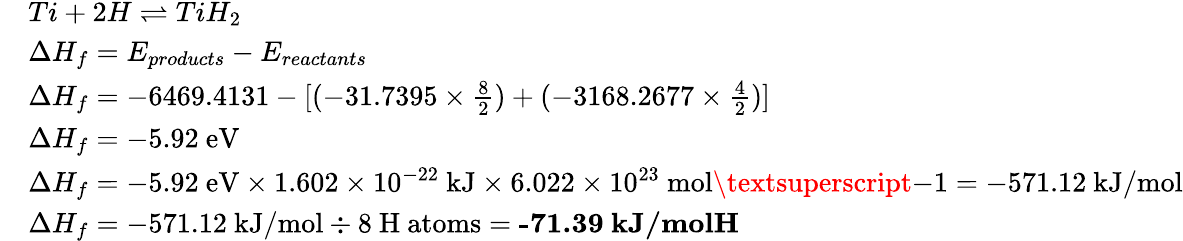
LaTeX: \begin{array}{rl}&{Ti+2H\rightleftharpoons TiH_{2}}\\ &{{\Delta}H_{f}=E_{products}-E_{reactants}}\\ &{{\Delta}H_{f}=-6469.4131-[(-31.7395\times\frac{8}{2})+(-3168.2677\times\frac{4}{2})]}\\ &{{\Delta}H_{f}=-5.92~\mathrm{eV}}\\ &{{\Delta}H_{f}=-5.92~\mathrm{eV}\times 1.602\times 10^{-22}~\mathrm{kJ}\times 6.022\times 10^{23}~\mathrm{mol\textsuperscript{-1}}=-571.12~\mathrm{kJ/mol}}\\ &{{\Delta}H_{f}=-571.12~\mathrm{kJ/mol}\div\mathrm{8~H~atoms}=\textbf{-71.39~kJ/molH}}\end{array}